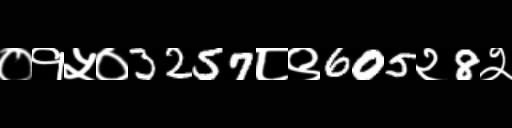
Text: ०१५०3257८९605२8२